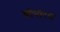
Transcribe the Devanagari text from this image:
सोनोरस